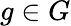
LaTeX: g\in G